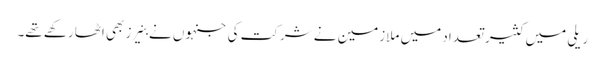
ریلی میں کثیر تعداد میں ملازمین نے شرکت کی جنہوں نے بنیرز بھی اٹھا رکھے تھے۔